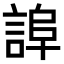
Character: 𧨮